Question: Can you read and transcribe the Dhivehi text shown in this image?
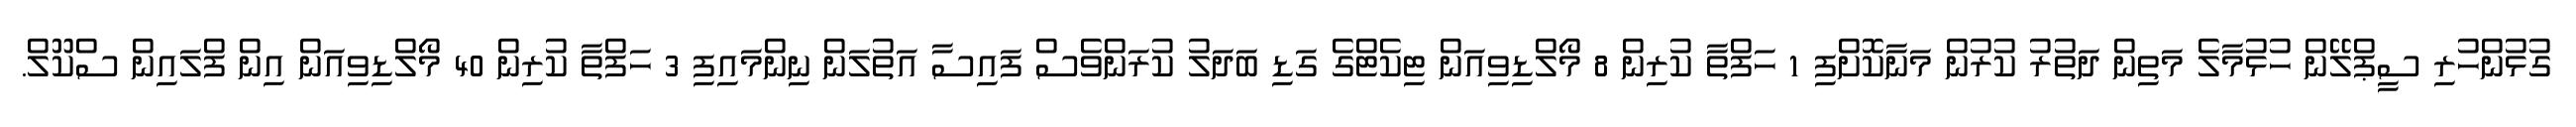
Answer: ގުޅުންހުރި ސީޕްލޭން ހުޅުމާލެ މަތިން ދަތުރު ކުރުން މަނާކޮށްފި 1 ހަފްތާ ކުރިން 8 މޯލްޑިވިއަން ޓިކެޓްގެ ގަޑި ބަދަލު ކުރަންވެސް ފައިސާ އަތުލަން ނިންމައިފި 3 ހަފްތާ ކުރިން 40 މޯލްޑިވިއަން އިން ފްލައިން ސްކޫލް.